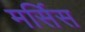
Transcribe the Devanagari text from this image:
मर्सिस